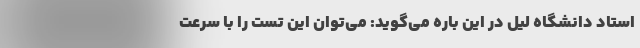
استاد دانشگاه لیل در این باره می‌گوید: می‌توان این تست را با سرعت